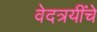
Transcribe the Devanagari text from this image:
वेदत्रयींचे